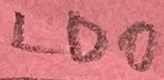
Text: LDO